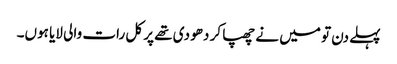
پہلے دن تو میں نے چھپا کر دھو دی تھے پر کل رات والی لایا ہوں۔